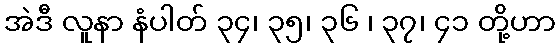
အဲဒီ လူနာ နံပါတ် ၃၄၊ ၃၅၊ ၃၆ ၊ ၃၇၊ ၄၁ တို့ဟာ